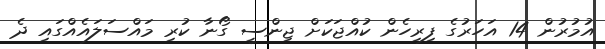
އުމުރުން 14 އަހަރުގެ ފިރިހެން ކުއްޖަކަށް ޖިންސީ ގޯނާ ކުރި މައްސަލައެއްގައި ދެ